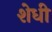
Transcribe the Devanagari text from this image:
शेधी